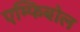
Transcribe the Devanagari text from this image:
एम्फिबोल